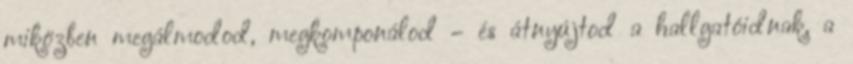
miközben megálmodod, megkomponálod – és átnyújtod a hallgatóidnak, a